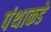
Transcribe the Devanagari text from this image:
पंथाकडे